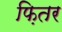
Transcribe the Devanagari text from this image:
फ़ितर